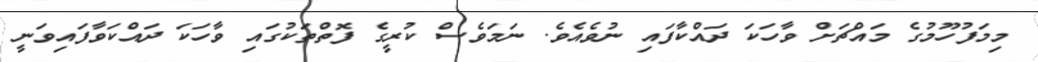
މިމަފުހޫމުގެ މައްޗަށް ވާހަކަ ދައްކާފައި ނުވެއެވެ. ނަމަވެސް ކުރީގެ ފޮތްތަކުގައި ވާހަކަ ދައްކަވާފައިވަނީ